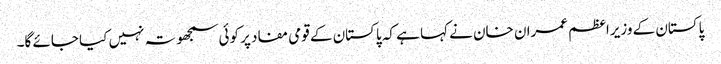
پاکستان کے وزیراعظم عمران خان نے کہا ہے کہ پاکستان کے قومی مفاد پر کوئی سمجھوتہ نہیں کیا جائے گا۔